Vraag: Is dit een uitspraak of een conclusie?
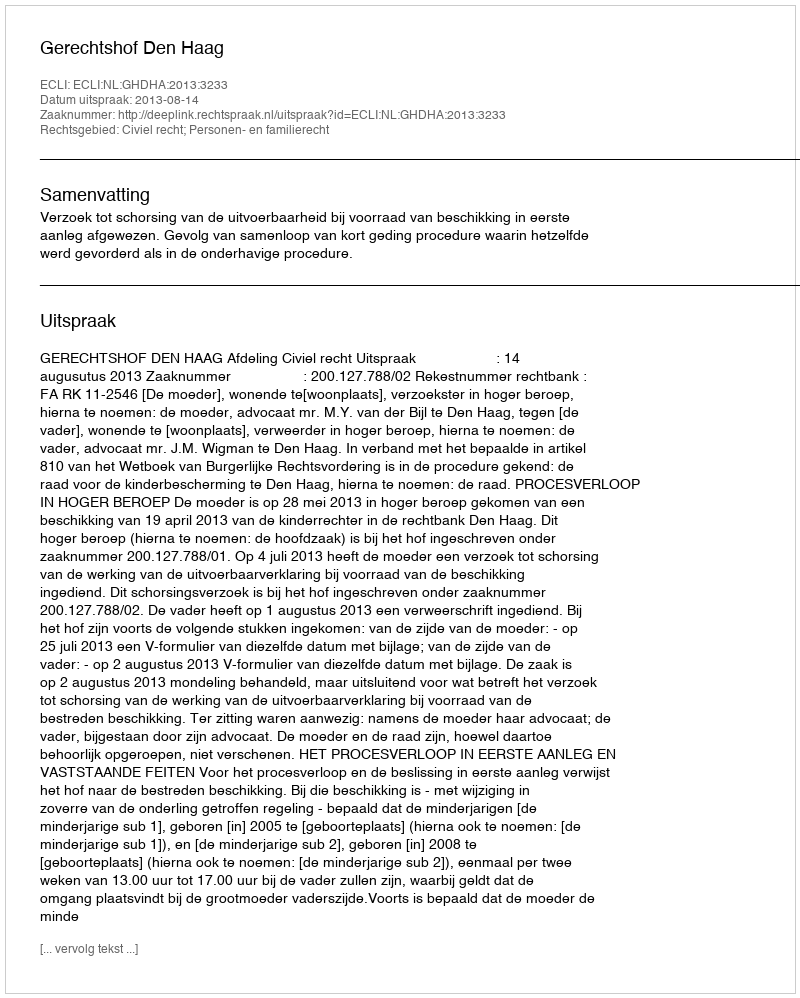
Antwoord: Uitspraak